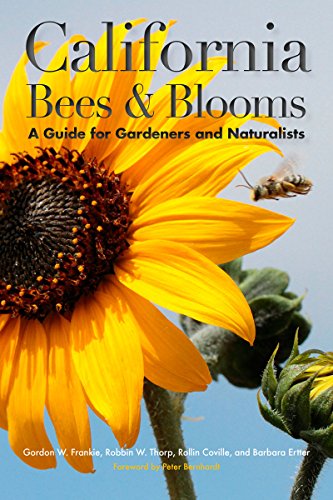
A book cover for California Bees and Blooms: A Guide for Gardeners and Naturalists; Gordon W. Frankie; Crafts, Hobbies & Home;